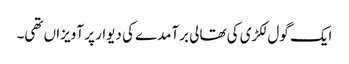
ایک گول لکڑی کی تھالی برآمدے کی دیوار پر آویزاں تھی۔